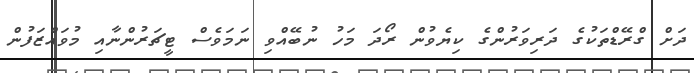
ދަށް ގްރޭޑްތަކުގެ ދަރިވަރުންގެ ކިޔެވުން ރޯދަ މަހު ނުބޭއްވި ނަމަވެސް ޓީޗަރުންނާއި މުވައްޒަފުން